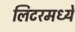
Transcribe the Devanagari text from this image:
लिटरमध्ये